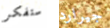
ستفكر جيرارد